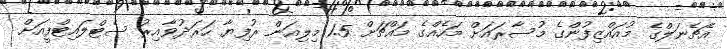
އެޗެނަލްގެ މުއައްޒިފުންގެ މުސާރައަށް މަހެއްގެ މައްޗަށް 1.5 މިލިއަން ރުފިޔާ ހަރަދުވާއިރު ސެޓްލައިޓްފީއަށް